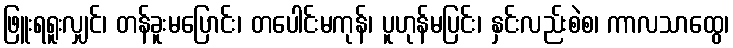
ဖြူးရရူးလျှင်၊ တန်ခူးမပြောင်း၊ တပေါင်းမကုန်၊ ပူဟုန်မပြင်း၊ နှင်းလည်းစဲစ၊ ကာလသာထွေ၊